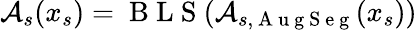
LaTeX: \mathcal{A}_{s}(x_{s})=\mathrm{~B~L~S~}(\mathcal{A}_{s,\mathrm{~A~u~g~S~e~g~}}(x_{s}))